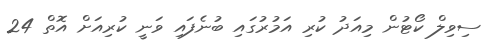
ސިވިލް ކޯޓުން މިއަދު ކުރި އަމުރުގައި ބުނެފައި ވަނީ ކުރިއަށް އޮތް 24